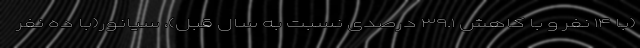
(با ۱۴ نفر و با کاهش ۳۹.۱ درصدی نسبت به سال قبل)، سیانور(با ده نفر